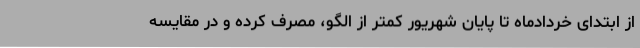
از ابتدای خردادماه تا پایان شهریور کمتر از الگو، مصرف کرده و در مقایسه